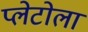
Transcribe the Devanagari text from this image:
प्लेटोला